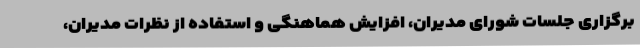
برگزاری جلسات شورای مدیران، افزایش هماهنگی و استفاده از نظرات مدیران،